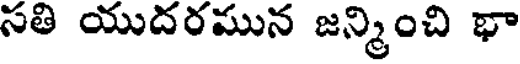
సతి యుదరమున జన్మించి భా